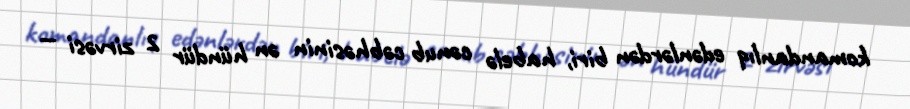
komandanlıq edənlərdən biri, habelə cənub cəbhəsinin ən hündür 2 zirvəsi —